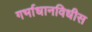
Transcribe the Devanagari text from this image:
गर्भाधानविधीस